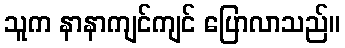
သူက နာနာကျင်ကျင် ပြောလာသည်။